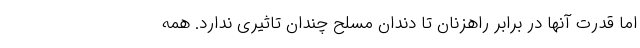
اما قدرت آنها در برابر راهزنان تا دندان مسلح چندان تاثیری ندارد. همه